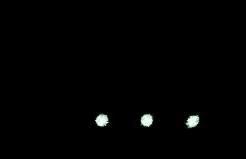
. . .